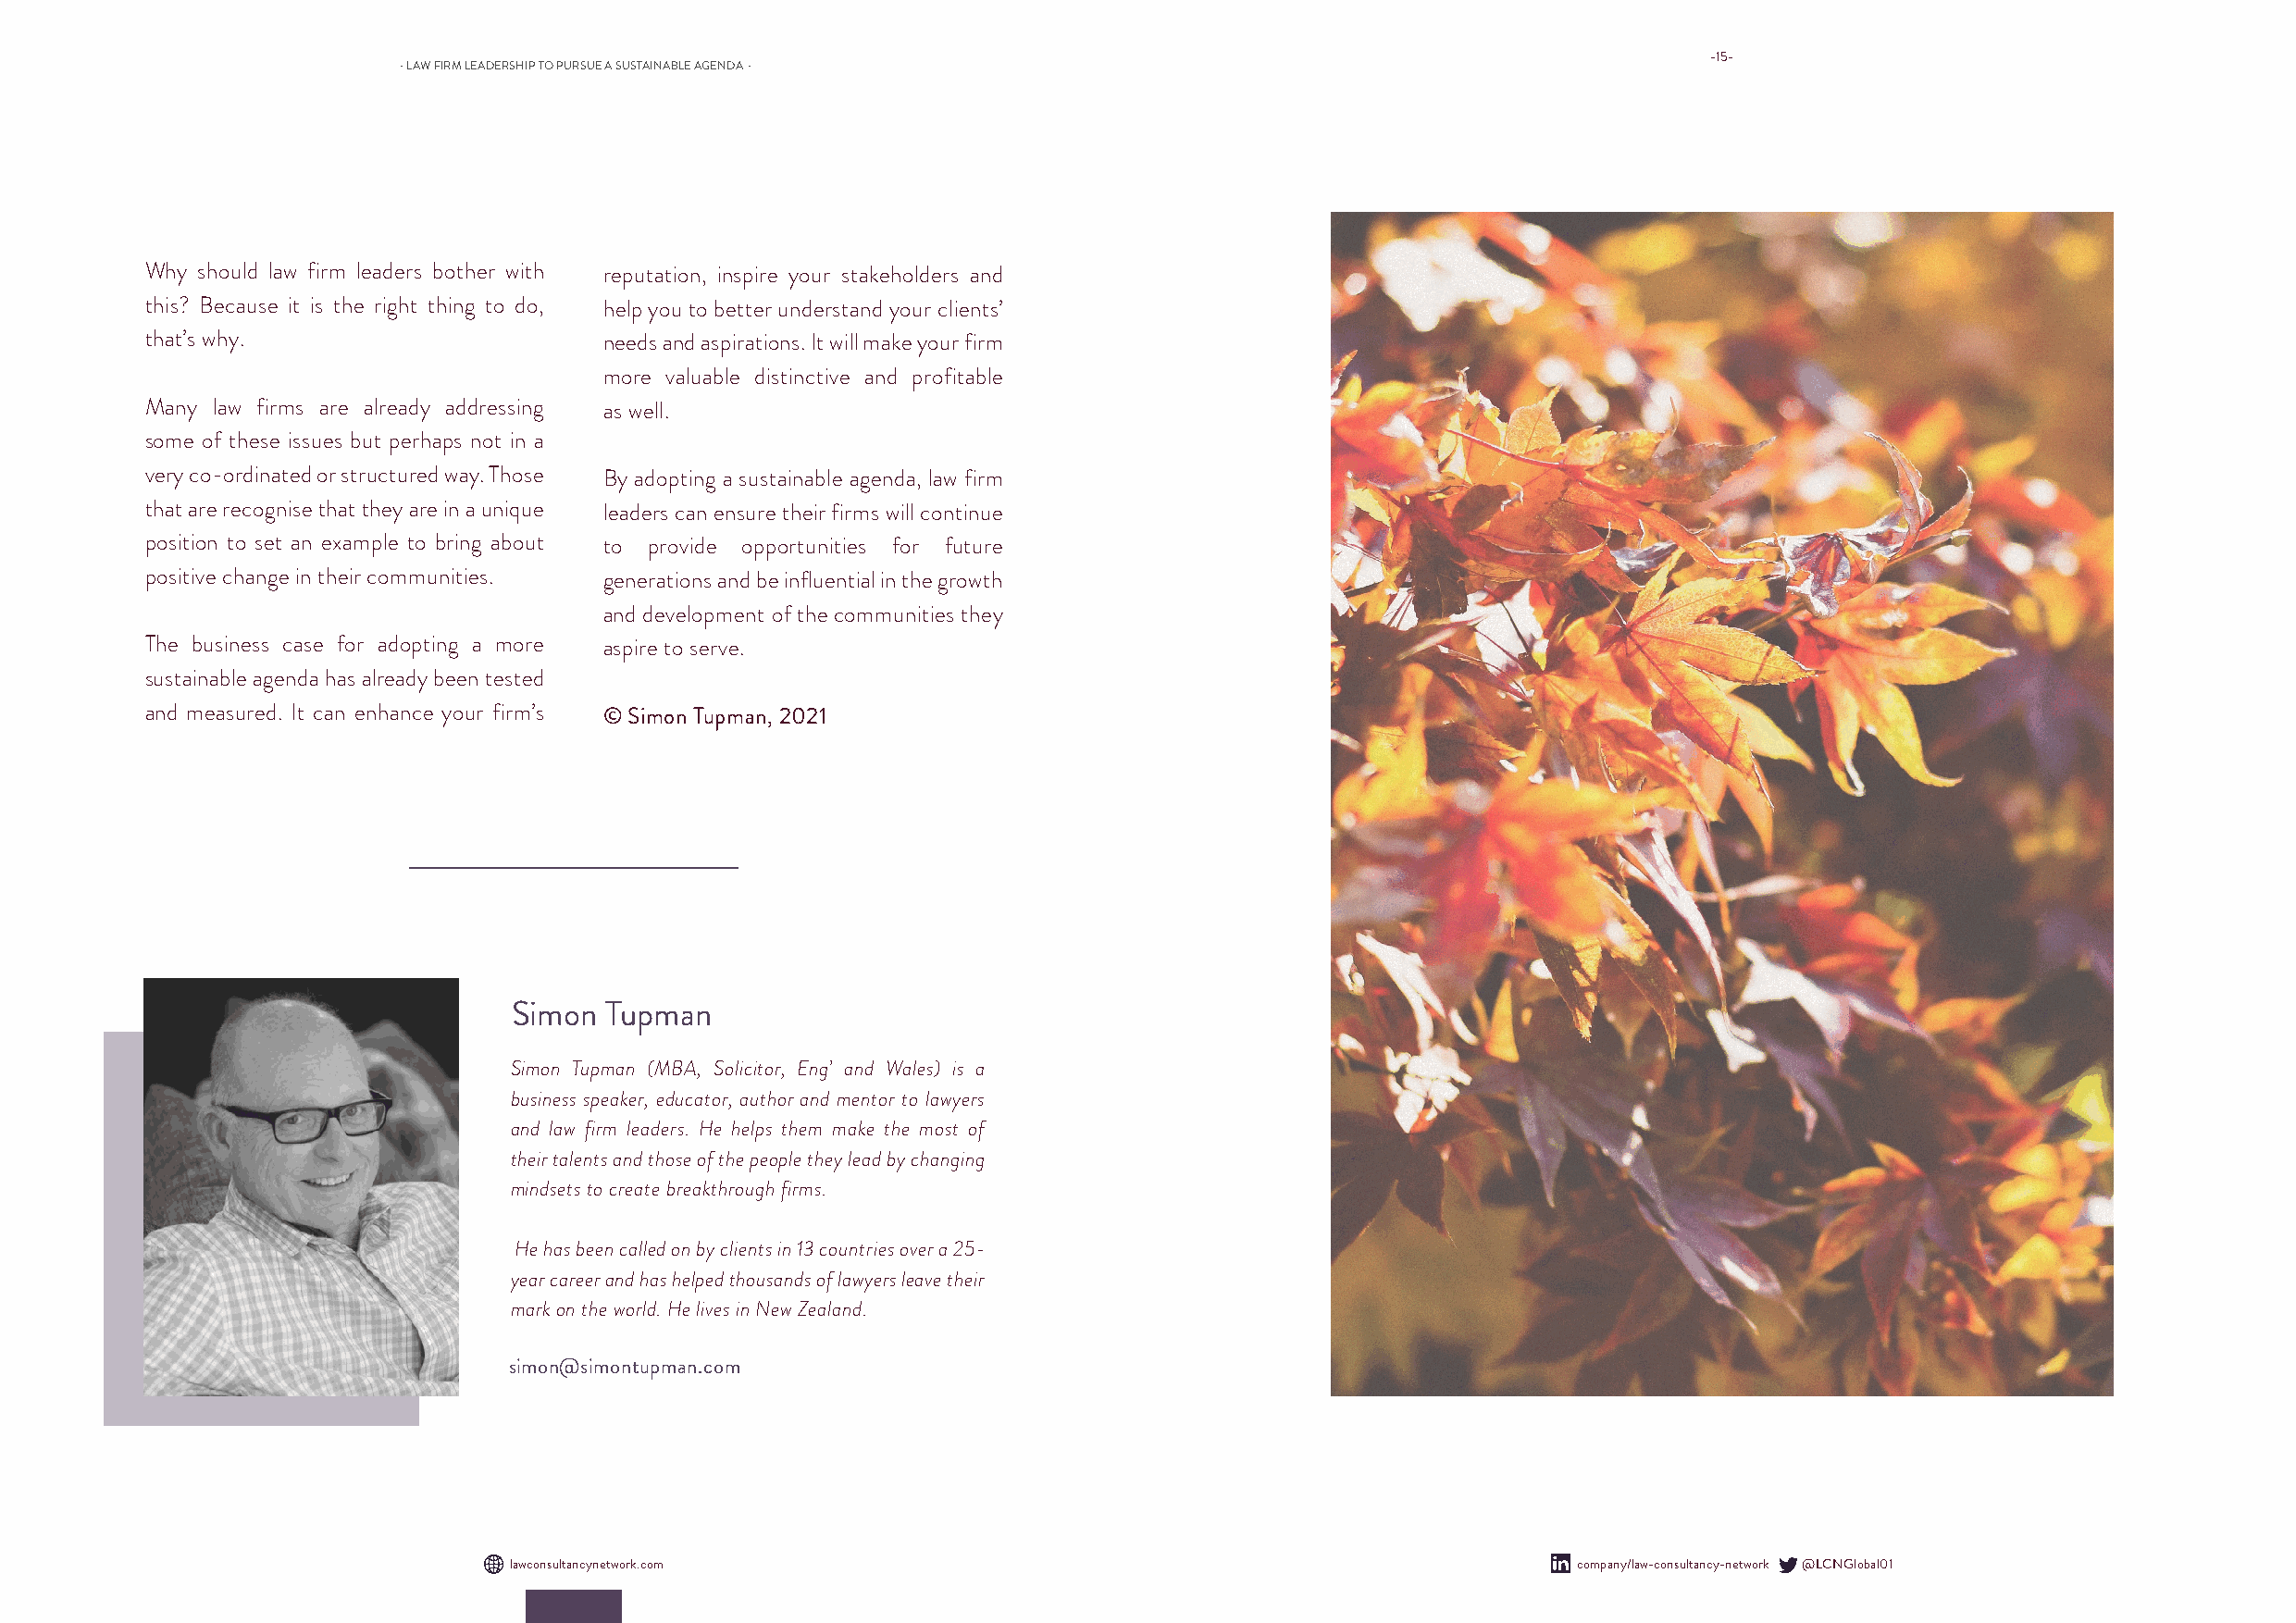
-15-
 - LAW FIRM LEADERSHIP TO PURSUE A SUSTAINABLE AGENDA -
 Why should law firm leaders bother with reputation, inspire your stakeholders and
 this? Because it is the right thing to do, help you to better understand your clients’
 that’s why.                      needs and aspirations. It will make your firm
 more valuable distinctive and profitable
 Many law firms are already addressing as well.
 some of these issues but perhaps not in a
 very co-ordinated or structured way. Those By adopting a sustainable agenda, law firm
 that are recognise that they are in a unique leaders can ensure their firms will continue
 position to set an example to bring about to provide opportunities for future
 positive change in their communities. generations and be influential in the growth
 and development of the communities they
 The business case for adopting a more aspire to serve.
 sustainable agenda has already been tested
 and measured. It can enhance your firm’s © Simon Tupman, 2021
 Simon Tupman
 Simon Tupman (MBA, Solicitor, Eng’ and Wales) is a
 business speaker, educator, author and mentor to lawyers
 and law firm leaders. He helps them make the most of
 their talents and those of the people they lead by changing
 mindsets to create breakthrough firms.
 He has been called on by clients in 13 countries over a 25-
 year career and has helped thousands of lawyers leave their
 mark on the world. He lives in New Zealand.
 simon@simontupman.com
 lawconsultancynetwork.com                                                    company/law-consultancy-network @LCNGlobal01